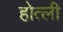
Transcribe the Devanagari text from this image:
होत्ली